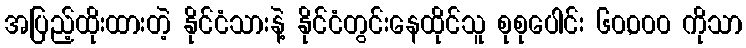
အပြည့်ထိုးထားတဲ့ နိုင်ငံသားနဲ့ နိုင်ငံတွင်းနေထိုင်သူ စုစုပေါင်း ၆၀,၀၀၀ ကိုသာ